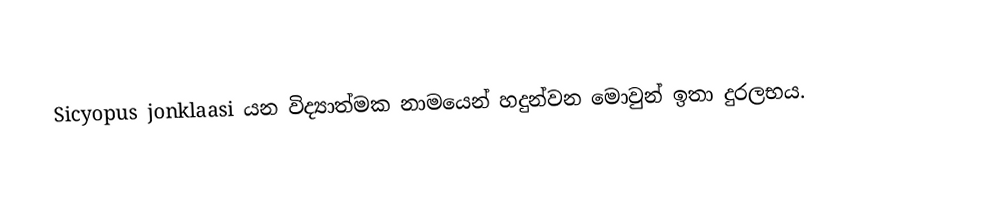
Sicyopus jonklaasi යන විද්‍යාත්මක නාමයෙන් හදුන්වන මොවුන් ඉතා දුරලභය.